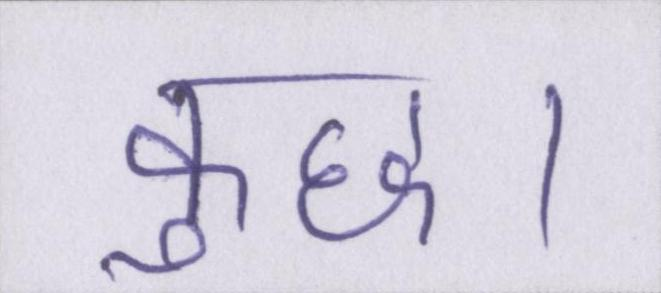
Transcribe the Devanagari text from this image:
कुछ।